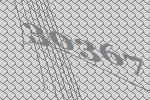
30367